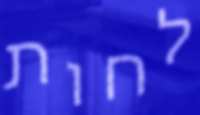
לחות